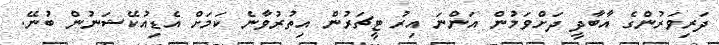
ދަރިވަރުންގެ އާބާދީ ދަށްވަމުން އަންނަ އިރު ޓީޗަރުން އިތުރުވާނެ ކަމަށް އެޑިއުކޭޝަނުން ބުނޭ.